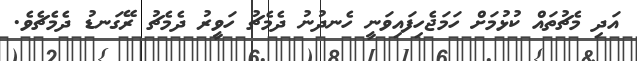
އަދި މެޗުތައް ކުޅުމަށް ހަމަޖެހިފައިވަނީ ހެނދުނު ދެމެޗު ހަވީރު ދެމެޗު ރޭގަނޑު ދެމެޗެވެ.